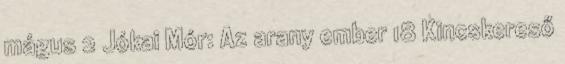
mágus 2 Jókai Mór: Az arany ember 18 Kincskereső